King Institute of Preventive Medicine Micro-Biological Section reports 1912-19
Year: 1912
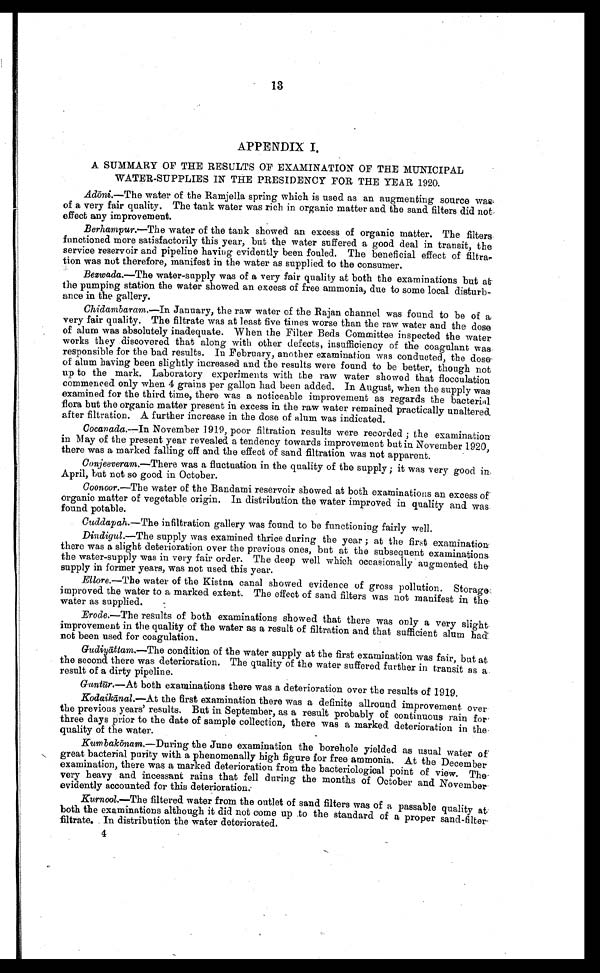
13
APPENDIX I.
A SUMMARY OF THE RESULTS OF EXAMINATION OF THE MUNICIPAL
WATER-SUPPLIES IN THE PRESIDENCY FOR THE YEAR 1920.
Ad ō ni .—The water of the Ramjella spring which is used as an augmenting source wa
s o f a v e r y f a i r q u a l i t y . T h e t a n k w a t e r w a s r i c h i n o r g a n i c m a t t e r a n d t h e s a n d f i l t e r s d i d n o t
effect any improvement.
Berhampur.—The water of the tank showed an excess of organic matter. The filters.
functioned more satisfactorily this year, but the water suffered a good deal in transit, the
service reservoir and pipeline having evidently been fouled. The beneficial effect of filtra
¬ t i o n w a s n u t t h e r e f o r e , m a n i f e s t i n t h e w a t e r a s s u p p l i e d t o t h e c o n s u m e r .
Bezwada .—The water-supply was of a very fair quality at both the examinations but at
the pumping station the water showed an excess of free ammonia, due to some local disturb-
ance in the gallery.
Chidambaram .—In January, the raw water of the Rajan channel was found to be of a
very fair quality. The filtrate was at least five times worse than the raw water and the dose
of alum was absolutely inadequate. When the Filter Beds Committee inspected the water
works they discovered that along with other defects, insufficiency of the coagulant was.
responsible for the bad results. In February, another examination was conducted, the dose
of alum having been slightly increased and the results were found to be better, though not
up to the mark. Laboratory experiments with the raw water showed that flocculation
commenced only when 4 grains per gallon had been added. In August, when the supply was
examined for the third time, there was a noticeable improvement as regards the bacterial
flora but the organic matter present in excess in the raw water remained practically unaltered.
after filtration. A further increase in the dose of alum was indicated.
Cocanada .—In November 1919, poor filtration results were recorded ; the examination
in May of the present year revealed a tendency towards improvement but in. November 1920,
there was a marked falling off and the effect of sand filtration was not apparent.
Conjeeveram. — T h e r e w a s a f l u c t u a t i o n i n t h e q u a l i t y o f t h e s u p p l y ; i t w a s v e r y g o o d i n
April, but not so good in October.
Coonoor .—The water of the Bandami reservoir showed at both examinations an excess of
organic matter of vegetable origin. In distribution the water improved in quality and was
found potable.
Cuddapah. —The infiltration gallery was found to be functioning fairly well.
Dindigul.—The supply was examined thrice during the year ; at the first examination
there was a slight deterioration over the previous ones, but at the subsequent examinations
the water-supply was in very fair order. The deep well which occasionally augmented the
supply in former years, was not used this year.
Ellore.—The water of the Kistna canal showed evidence of gross pollution. Storage
improved the water to a marked extent. The effect of sand filters was not manifest in the
water as supplied.
Erode.—The results of both examinations showed that there was only a very slight
improvement in the quality of the water as a result of filtration and that sufficient alum had
not been used for coagulation.
Gudiyā ttam.— T h e c o n d i t i o n o f t h e w a t e r s u p p l y a t t h e f i r s t e x a m i n a t i o n w a s f a i r , b u t a t
the second there was deterioration. The quality of the water suffered further in transit as a
result of a dirty pipeline.
Guntū r.— At both examinations there was a deterioration over the results of 1919.
Kodaikānal.—At the first examination there was a definite allround improvement over
the previous years' results. But in September, as a result probably of continuous rain for
three days prior to the date of sample collection, there was a marked deterioration in the
quality of the water.
Kumbakōnam.— During the June examination the borehole yielded as usual water of
great bacterial purity with a phenomenally high figure for free ammonia. At the December
examination, there was a marked deterioration from the bacteriological point of view. The
very heavy and incessant rains that fell during the months of October and November
evidently accounted for this deterioration.
Kurnool.—The filtered water from the outlet of sand filters was of a passable quality at
both the examinations although it did not come up to the standard of a proper sand-filter
filtrate. In distribution the water deteriorated.
4